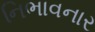
નિભાવનાર